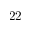
2 2